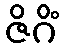
ဇိဂိံ